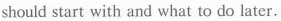
should start with and what to do later.